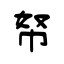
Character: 帑